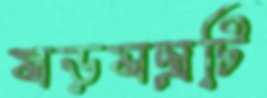
ষড়যন্ত্রটি